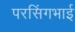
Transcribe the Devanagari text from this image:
परसिंगभाई